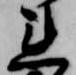
れ